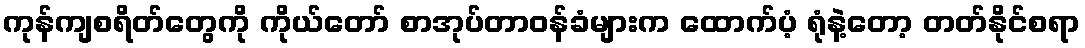
ကုန်ကျစရိတ်တွေကို ကိုယ်တော် စာအုပ်တာဝန်ခံများက ထောက်ပံ့ ရုံနဲ့တော့ တတ်နိုင်စရာ